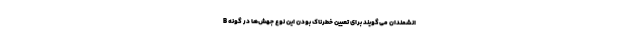
انشمندان می‌گویند برای تعیین خطرناک بودن این نوع جهش‌ها در گونه B